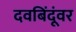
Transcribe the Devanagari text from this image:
दवबिंदूंवर